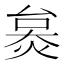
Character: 𤊜